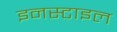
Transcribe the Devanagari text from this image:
इनस्टाइल